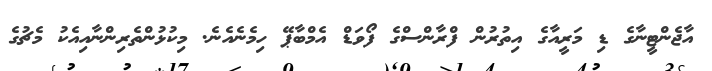
އާޖެންޓީނާގެ ޑި މަރީއާގެ އިތުރުން ފްރާންސްގެ ފޯވަޑް އެމްބާޕޭ ހިމެނެއެނެ. މިކުޅުންތެރިންނާއިއެކު މެޗުގެ